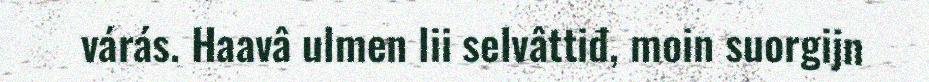
várás. Haavâ ulmen lii selvâttiđ, moin suorgijn